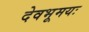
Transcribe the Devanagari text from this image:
देवभूमयः